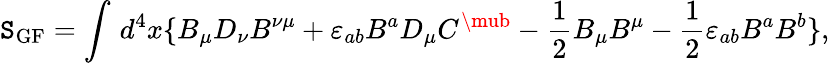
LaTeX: \mathtt{S}_{\mathrm{{GF}}}=\int\, d^{4}x\{ B_{\mu}D_{\nu}B^{\nu\mu}+\varepsilon_{ab}B^{a}D_{\mu}C^{\mub}-\frac{{1}}{{2}}B_{\mu}B^{\mu}-\frac{{1}}{{2}}\varepsilon_{ab}B^{a}B^{b}\} ,